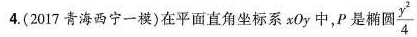
4(2017青海西宁一横)在平面直角坐标系xOy中，P是椭圆 $$\frac { y ^ { 2 } } { 4 }